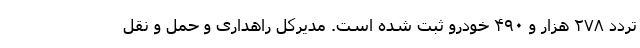
تردد ۲۷۸ هزار و ۴۹۰ خودرو ثبت شده است. مدیرکل راهداری و حمل و نقل